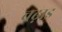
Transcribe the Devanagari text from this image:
चढ़ाइ